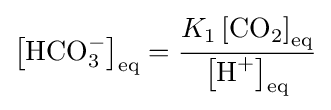
\left[{\textrm {HCO}}_{3}^{-}\right]_{\text{eq}}={\frac {K_{1}\left[{\textrm {CO}}_{2}\right]_{\text{eq}}}{\left[{\textrm {H}}^{+}\right]_{\text{eq}}}}